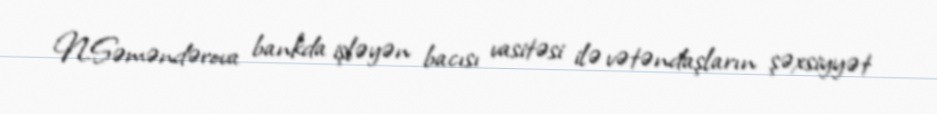
N.Səməndərova bankda işləyən bacısı vasitəsi ilə vətəndaşların şəxsiyyət